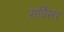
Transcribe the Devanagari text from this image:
सर्विसर